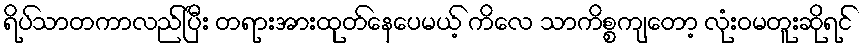
ရိပ်သာတကာလည်ပြီး တရားအားထုတ်နေပေမယ့် ကိလေ သာကိစ္စကျတော့ လုံးဝမတူးဆိုရင်